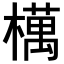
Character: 𣜜